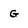
Character: G